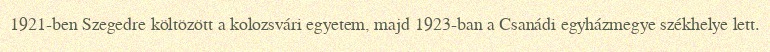
1921-ben Szegedre költözött a kolozsvári egyetem, majd 1923-ban a Csanádi egyházmegye székhelye lett.